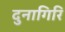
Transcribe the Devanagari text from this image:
दुनागिरि